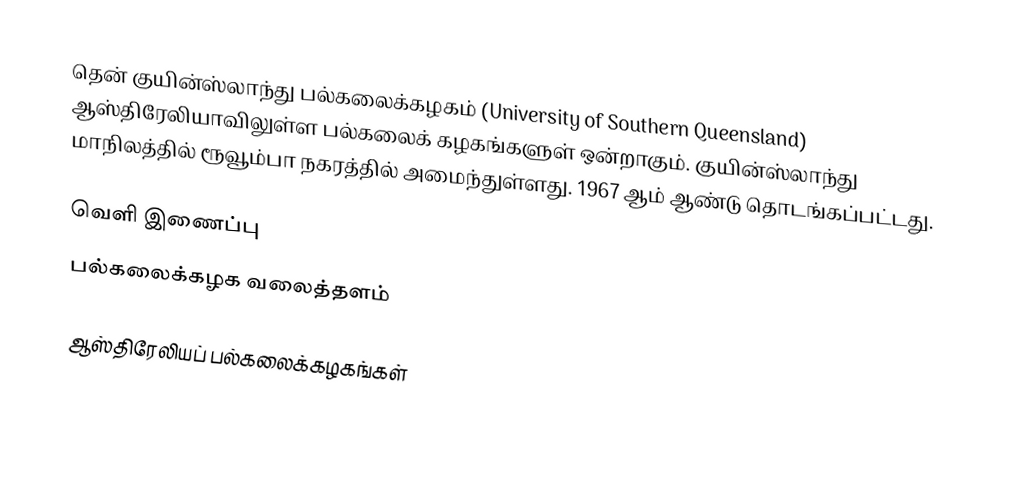
தென் குயின்ஸ்லாந்து பல்கலைக்கழகம் (University of Southern Queensland) ஆஸ்திரேலியாவிலுள்ள பல்கலைக் கழகங்களுள் ஒன்றாகும். குயின்ஸ்லாந்து மாநிலத்தில் ரூவூம்பா நகரத்தில் அமைந்துள்ளது. 1967 ஆம் ஆண்டு தொடங்கப்பட்டது.

வெளி இணைப்பு
 பல்கலைக்கழக வலைத்தளம்

ஆஸ்திரேலியப் பல்கலைக்கழகங்கள்